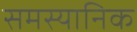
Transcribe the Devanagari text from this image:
समस्यानिक